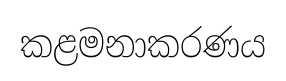
කළමනාකරණය